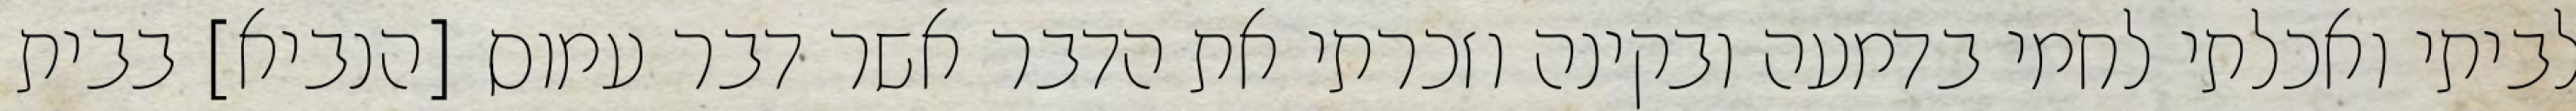
לביתי ואכלתי לחמי בדמעה ובקינה וזכרתי את הדבר אשר דבר עמוס [הנביא] בבית